Problem: 51 + 81 = ?
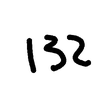
Handwritten answer: 132